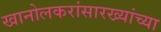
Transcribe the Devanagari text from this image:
खानोलकरांसारख्यांच्या